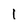
Character: l